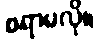
စရာမလို။